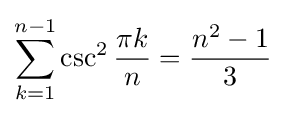
\sum _{k=1}^{n-1}\csc ^{2}{\frac {\pi k}{n}}={\frac {n^{2}-1}{3}}